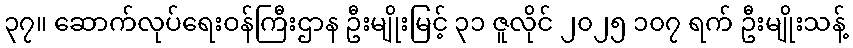
၃၇။ ဆောက်လုပ်ရေးဝန်ကြီးဌာန ဦးမျိုးမြင့် ၃၁ ဇူလိုင် ၂၀၂၅ ၁၀၇ ရက် ဦးမျိုးသန့်